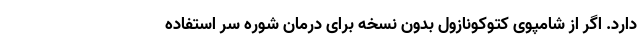
دارد. اگر از شامپوی کتوکونازول بدون نسخه برای درمان شوره سر استفاده